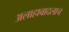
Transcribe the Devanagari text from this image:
अलाहाबादलाच